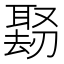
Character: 𪠱